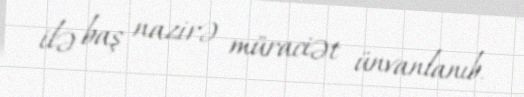
ilə baş nazirə müraciət ünvanlanıb.